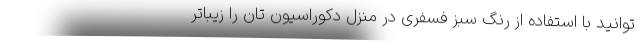
توانید با استفاده از رنگ سبز فسفری در منزل دکوراسیون تان را زیباتر